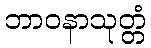
ဘာဝနာသုတ္တံ